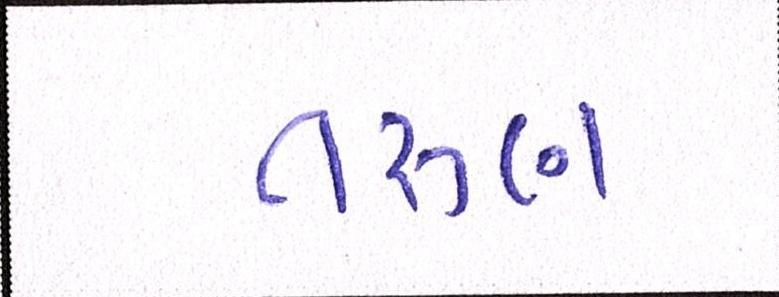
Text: તરુણ